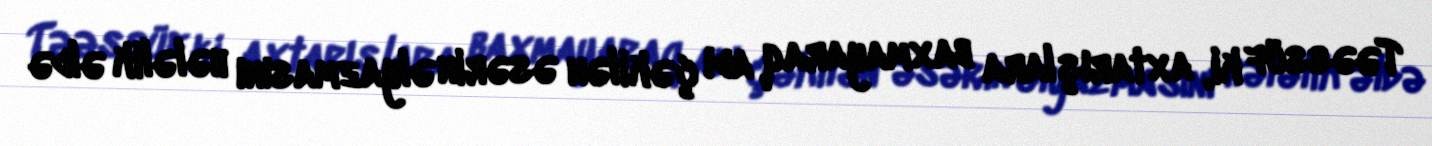
Təəssüf ki, axtarışlara baxmayaraq adı çəkilən əsərin əlyazmasını hələlik əldə